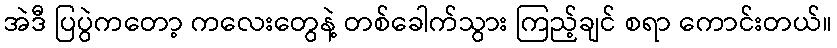
အဲဒီ ပြပွဲကတော့ ကလေးတွေနဲ့ တစ်ခေါက်သွား ကြည့်ချင် စရာ ကောင်းတယ်။